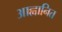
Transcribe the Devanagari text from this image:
आह्वानित